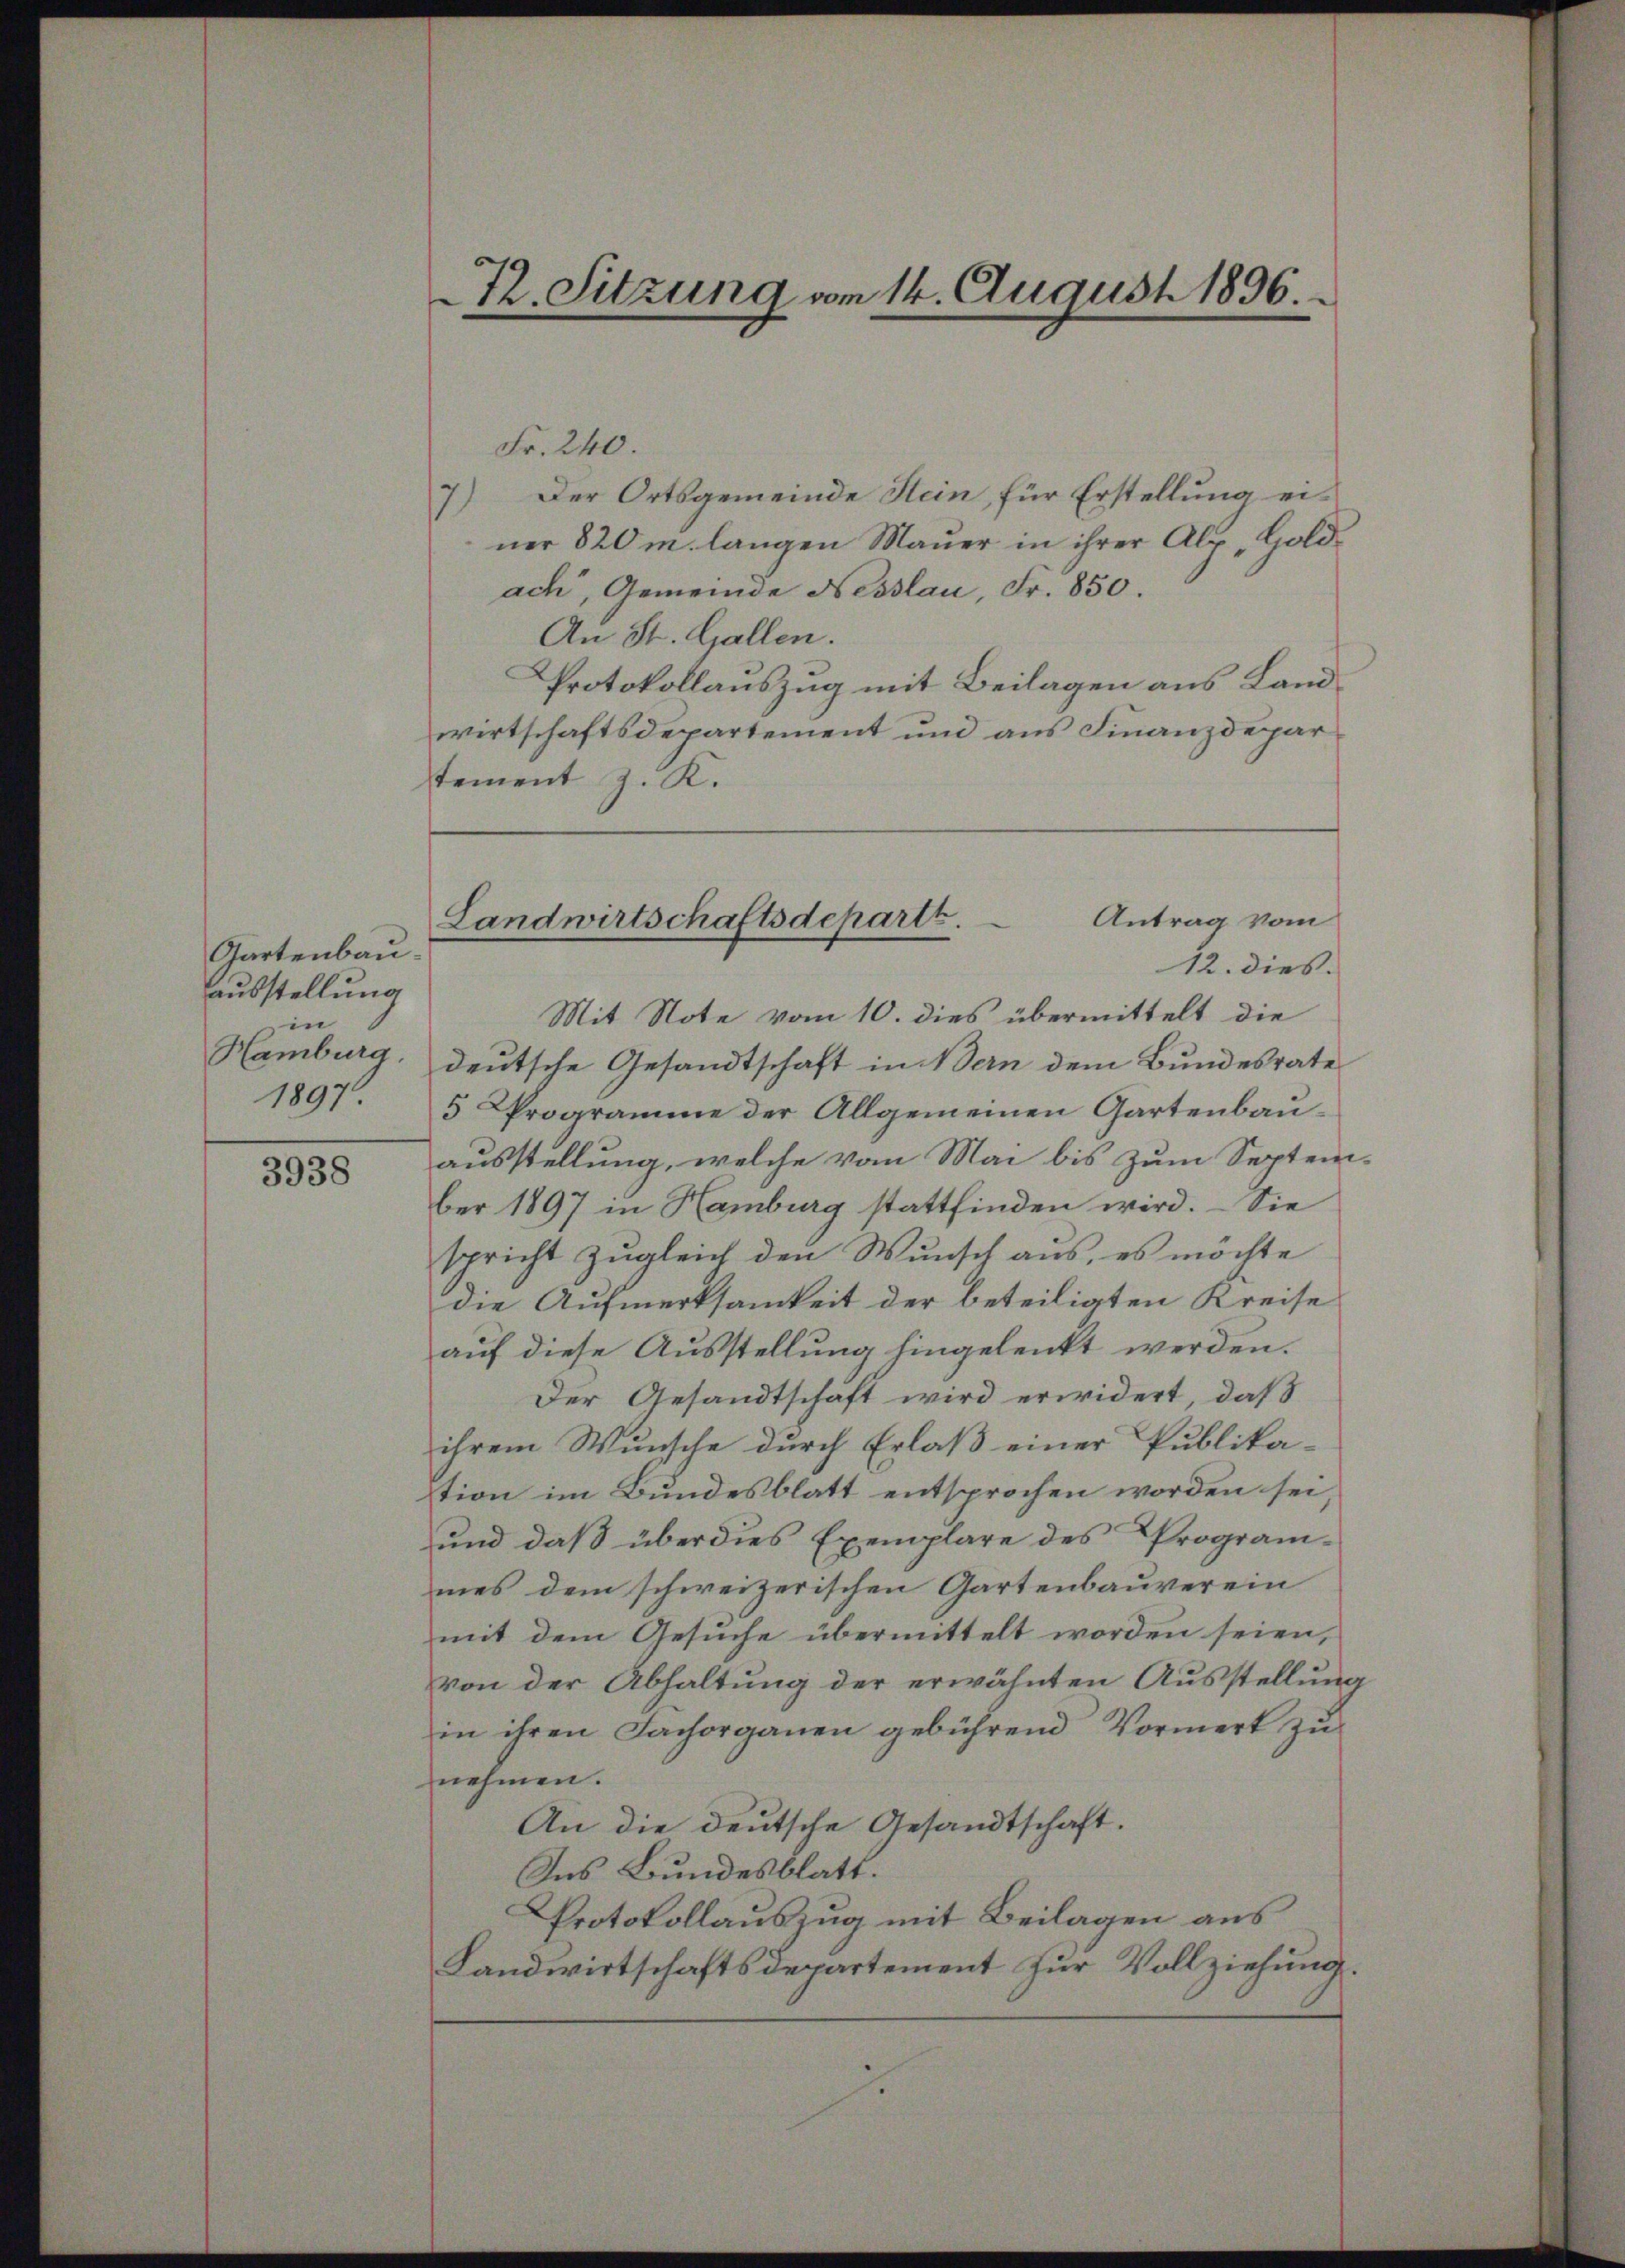
Gartenbauausstellung
in
Hamburg,
1897.

3938

tement z. K.

72. Sitzung am 14. August 1896.

Landwirtschaftsdeparte. Antrag vom

Fr. 240.
7) Der Ortsgemeinde Stein, für Erstellung ei-
ner 820 m langen Mauer in ihrer Alp, Goldach, Gemeinde Nesslau, Fr. 850.
An St. Gallen.
Protokollauszug mit Beilagen aus Landwirtschaftsdepartement und aus Finanzdepar
12. dies.
Mit Note vom 10. dies übermittelt die
deutsche Gesandtschaft in Bern dem Bundesrate
5 Programme der Allgemeinen Gartenbauausstellung, welche vom Mai bis zum Septem-
ber 1897 in Hamburg stattfinden wird. – Sie
spricht zugleich den Wunsch aus, es möchte
die Aufmerksamkeit der beteiligten Kreise
auf diese Ausstellung hingelenkt werden.
Der Gesandtschaft wird erwidert, daß
ihrem Wunsche durch Erlaß einer Publika-
tion im Bundesblatt entsprochen worden sei
und daß über dies Exemplare des Program-
mes dem schweizerischen Gartenbauverein
mit dem Gesuche übermittelt worden seien,
von der Abhaltung der erwähnten Ausstellung
in ihren Fachorganen gebührend Vormerk zu
nehmen.
An die deutsche Gesandtschaft.
Ins Bundesblatt.
Protokollauszug mit Beilagen aus
Landwirtschaftsdepartement zur Vollziehung.